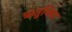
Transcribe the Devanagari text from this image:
ऋतुविद्या